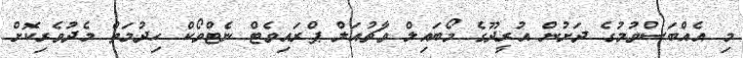
މި އެއްބަސްވުމުގެ ދަށުން އުރީދޫގެ މޯބައިލް ވާޗުއަލް ޕްރައިވެޓް ނެޓްވޯކް ހިދުމަތް މެދުވެރިކޮށް